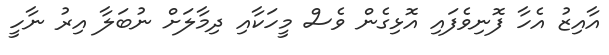
އާއިޒު އެހާ ފޮނިވެފައި އޮޅިގެން ވެސް މީހަކާއި ދިމާލަށް ނުބަލާ އިރު ނާހީ